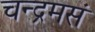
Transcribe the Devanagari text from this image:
चन्द्रमसं